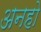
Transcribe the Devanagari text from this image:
अनहो